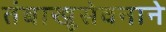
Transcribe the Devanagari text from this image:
तंबाखूसेवनाने